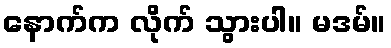
နောက်က လိုက် သွားပါ။ မဒမ်။